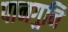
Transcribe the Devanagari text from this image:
पानगुनि